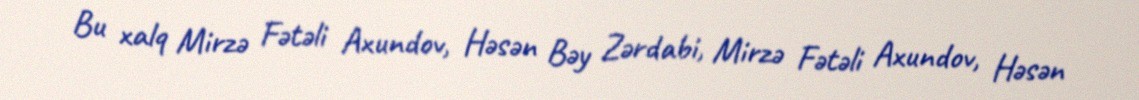
Bu xalq Mirzə Fətəli Axundov, Həsən Bəy Zərdabi, Mirzə Fətəli Axundov, Həsən